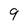
Character: 9